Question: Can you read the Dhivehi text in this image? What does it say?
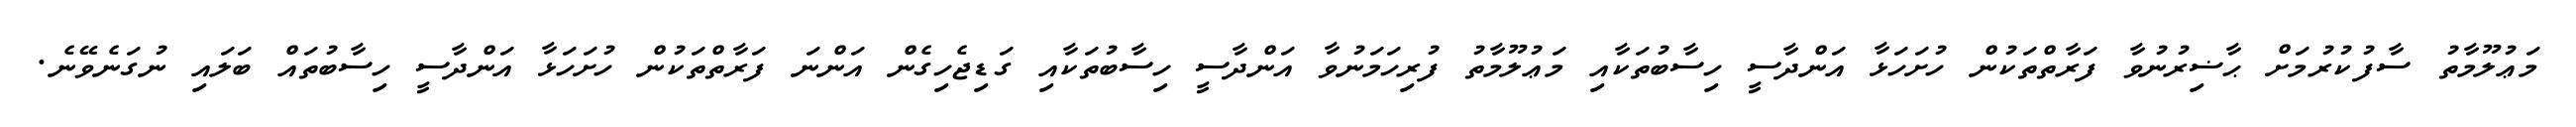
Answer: މަޢުލޫމާތު ސާފުކުރުމަށް ޙާޟިރުނުވާ ފަރާތްތަކުން ހުށަހަޅާ އަންދާސީ ހިސާބުތަކާއި މަޢުލޫމާތު ފުރިހަމަނުވާ އަންދާސީ ހިސާބުތަކާއި ގަޑިޖެހިގެން އަންނަ ފަރާތްތަކުން ހުށަހަޅާ އަންދާސީ ހިސާބުތައް ބަލައި ނުގަނެވޭނެ.